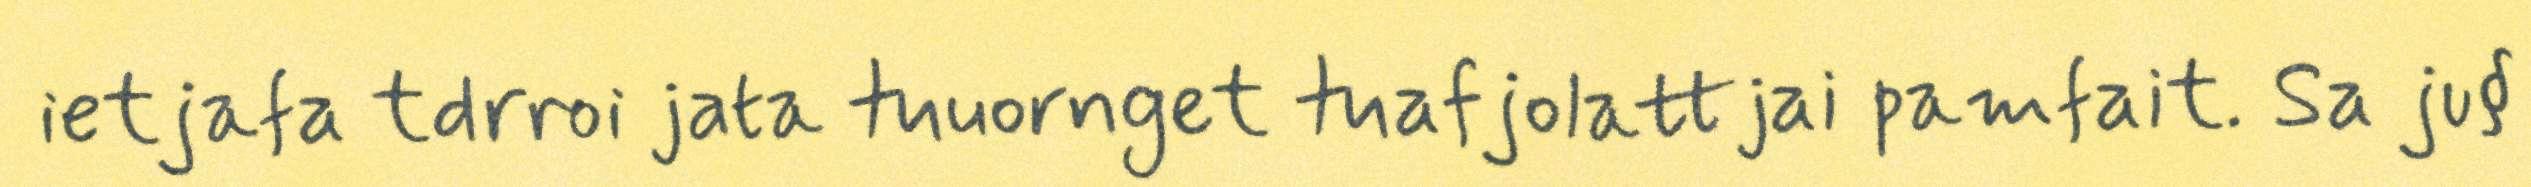
ietjafa tdrroi jata tuuornget tuafjolattjai pamfait. Sa ju§